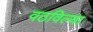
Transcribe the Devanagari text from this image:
वठविल्या